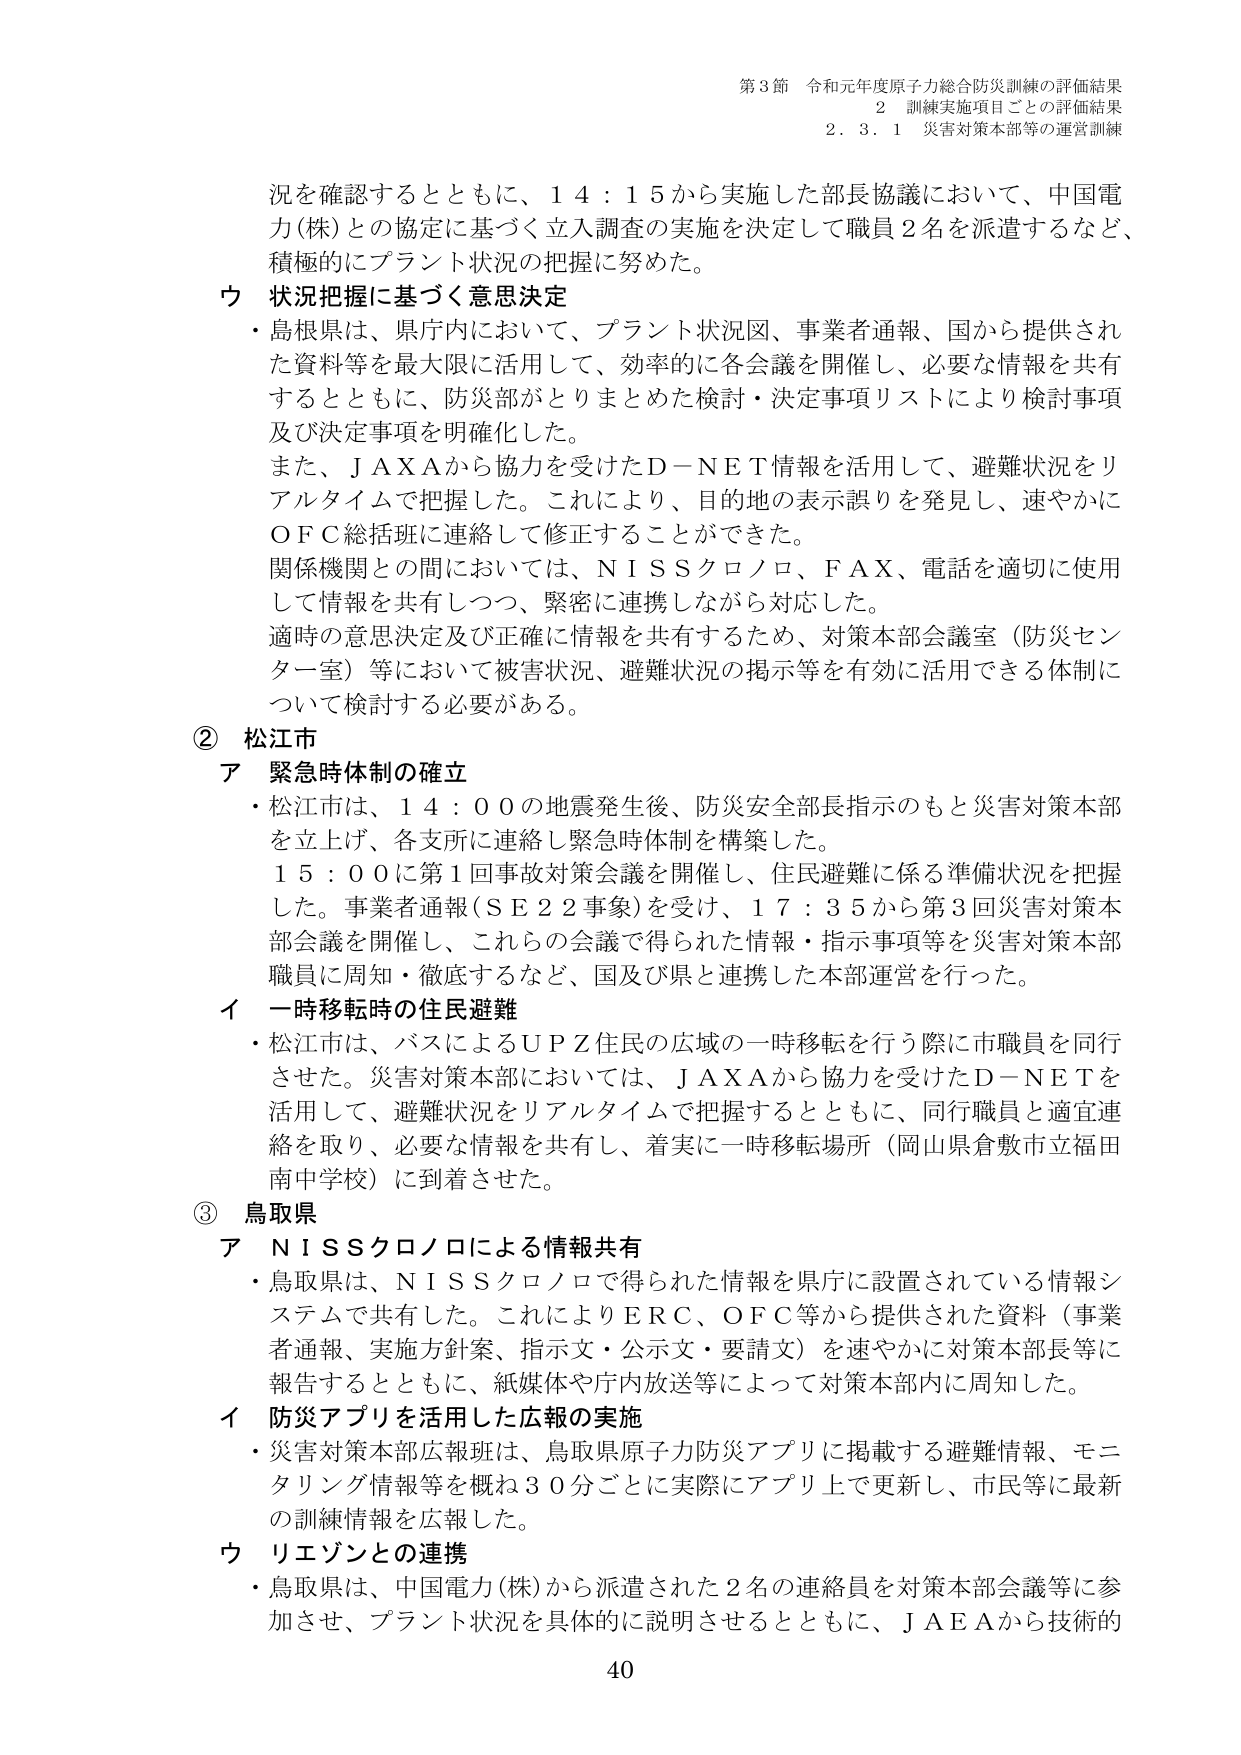
第3節 令和元年度原子力総合防災訓練の評価結果
2 訓練実施項目ごとの評価結果
2.3.1 災害対策本部等の運営訓練

況を確認するとともに、14：15から実施した部長協議において、中国電力(株)との協定に基づく立入調査の実施を決定して職員2名を派遣するなど、積極的にプラント状況の把握に努めた。

ウ 状況把握に基づく意思決定
・島根県は、県庁内において、プラント状況図、事業者通報、国から提供された資料等を最大限に活用して、効率的に各会議を開催し、必要な情報を共有するとともに、防災部がとりまとめた検討・決定事項リストにより検討事項及び決定事項を明確化した。
また、JAXAから協力を受けたD-NET情報を活用して、避難状況をリアルタイムで把握した。これにより、目的地の表示誤りを発見し、速やかにOFC総括班に連絡して修正することができた。
関係機関との間においては、NISSクロノロ、FAX、電話を適切に使用して情報を共有しつつ、緊密に連携しながら対応した。
適時の意思決定及び正確に情報を共有するため、対策本部会議室（防災センター一室）等において被害状況、避難状況の掲示等を有効に活用できる体制について検討する必要がある。

② 松江市
ア 緊急時体制の確立
・松江市は、14：00の地震発生後、防災安全部長指示のもと災害対策本部を立上げ、各支所に連絡し緊急時体制を構築した。
15：00に第1回事故対策会議を開催し、住民避難に係る準備状況を把握した。事業者通報（SE22事象）を受け、17：35から第3回災害対策本部会議を開催し、これらの会議で得られた情報・指示事項等を災害対策本部職員に周知・徹底するなど、国及び県と連携した本部運営を行った。

イ 一時移転時の住民避難
・松江市は、バスによるUPZ住民の広域の一時移転を行う際に市職員を同行させた。災害対策本部においては、JAXAから協力を受けたD-NETを活用して、避難状況をリアルタイムで把握するとともに、同行職員と適宜連絡を取り、必要な情報を共有し、着実に一時移転場所（岡山県倉敷市立福田南中学校）に到着させた。

③ 鳥取県
ア NISSクロノロによる情報共有
・鳥取県は、NISSクロノロで得られた情報を県庁に設置されている情報システムで共有した。これによりERC、OFC等から提供された資料（事業者通報、実施方針案、指示文・公示文・要請文）を速やかに対策本部長等に報告するとともに、紙媒体や庁内放送等によって対策本部内に周知した。

イ 防災アプリを活用した広報の実施
・災害対策本部広報班は、鳥取県原子力防災アプリに掲載する避難情報、モニタリング情報等を概ね30分ごとに実際にアプリ上で更新し、市民等に最新の訓練情報を広報した。

ウ リエゾンとの連携
・鳥取県は、中国電力(株)から派遣された2名の連絡員を対策本部会議等に参加させ、プラント状況を具体的に説明させるとともに、JAEAから技術的

40